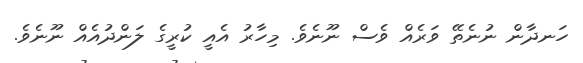
ހަނދާން ނުނެތޭ ވަރެއް ވެސް ނޫނެވެ. މިހާރު އެއީ ކުރީގެ ލަންދުއެއް ނޫނެވެ.